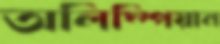
অলিম্পিয়ান